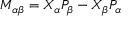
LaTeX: M _ { \alpha \beta } = X _ { \alpha } P _ { \beta } - X _ { \beta } P _ { \alpha }